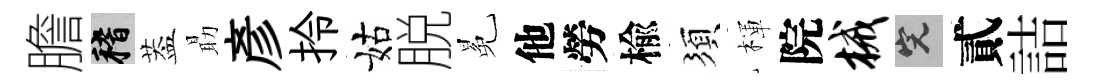
膽稽葢朂彥拎姑脱冕他勞楡須楎院械完貳詰